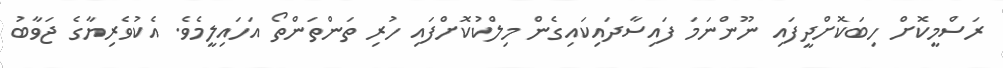
ރަސްމީކޮށް ހިބަކޮށްދީފައި ނޫންނަަމަ ފައިސާދައިކައިގެން މިލްކުކޮށްފައި ހުރި ތަންތަންތޯ އަހައިލީމެވެ. އެކުވެރިޔާގެ ޖަވާބު